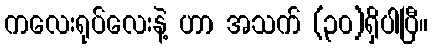
ကလေးရုပ်လေးနဲ့ ဟာ အသက် (၃၀)ရှိပါပြီ။